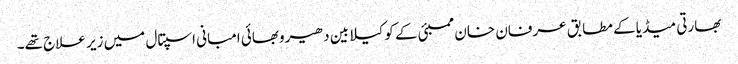
بھارتی میڈیا کے مطابق عرفان خان ممبئی کے کوکیلابین دھیروبھائی امبانی اسپتال میں زیر علاج تھے۔